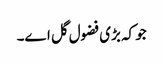
جو کہ بڑی فضول گل اے۔